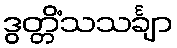
ဒွတ္တိံသသင်္ချာ